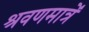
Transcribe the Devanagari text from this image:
श्रवणमात्रें